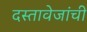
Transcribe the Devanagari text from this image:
दस्तावेजांची